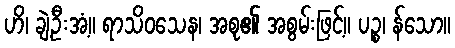
ဟိ၊ ချဲ့ဦးအံ့။ ရာသိဝသေန၊ အစု၏ အစွမ်းဖြင့်။ ပဉ္စ၊ န်သော။